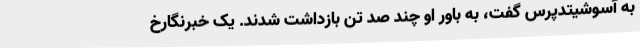
به آسوشیتدپرس گفت، به باور او چند صد تن بازداشت شدند. یک خبرنگارخ